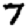
Digit: 7